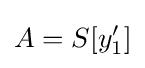
A=S[y_{1}']